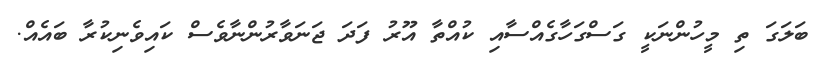
ބަލަގަ ތި މީހުންނަކީ ގަސްގަހާގެއްސާއި ކުއްތާ އޫރު ފަދަ ޖަނަވާރުންނާވެސް ކައިވެނިކުރާ ބައެއް.